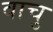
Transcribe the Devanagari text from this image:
वाचु